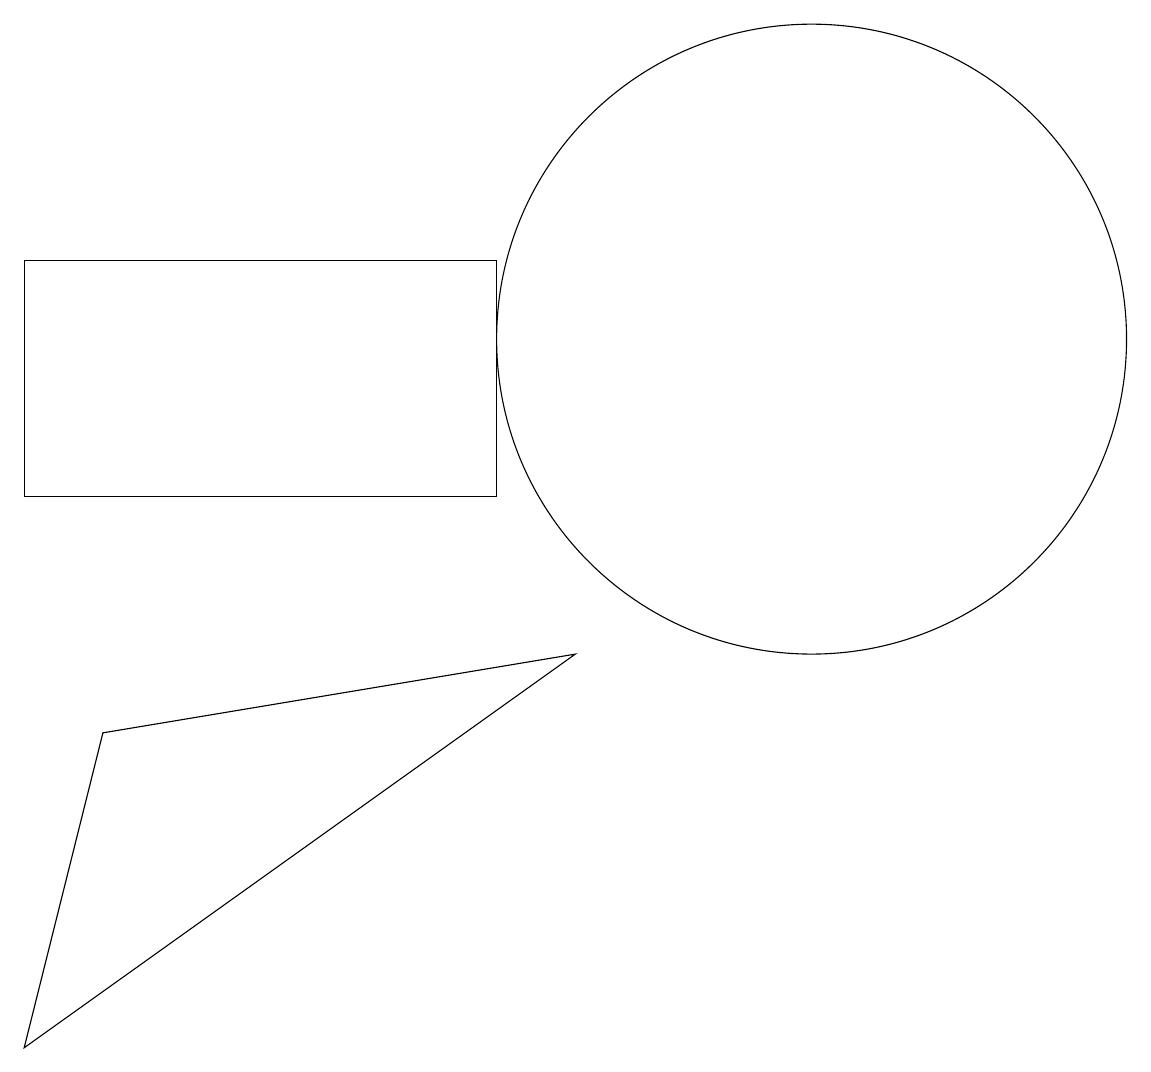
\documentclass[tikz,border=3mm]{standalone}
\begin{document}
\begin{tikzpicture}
\draw (2,13) rectangle (8,10);
\draw (2,3) -- (9,8) -- (3,7) -- cycle;
\draw (12,12) circle (4);
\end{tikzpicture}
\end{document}